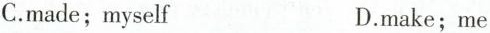
C.made; myself D.make; me